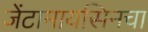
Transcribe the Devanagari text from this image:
जेंटामायसिनचा